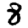
Digit: 8